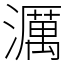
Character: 濿